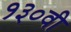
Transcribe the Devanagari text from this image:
१३०वी